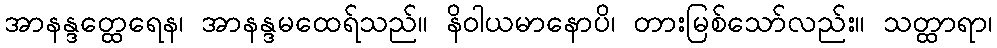
အာနန္ဒတ္ထေရေန၊ အာနန္ဒမထေရ်သည်။ နိဝါယမာနောပိ၊ တားမြစ်သော်လည်း။ သတ္ထာရာ၊